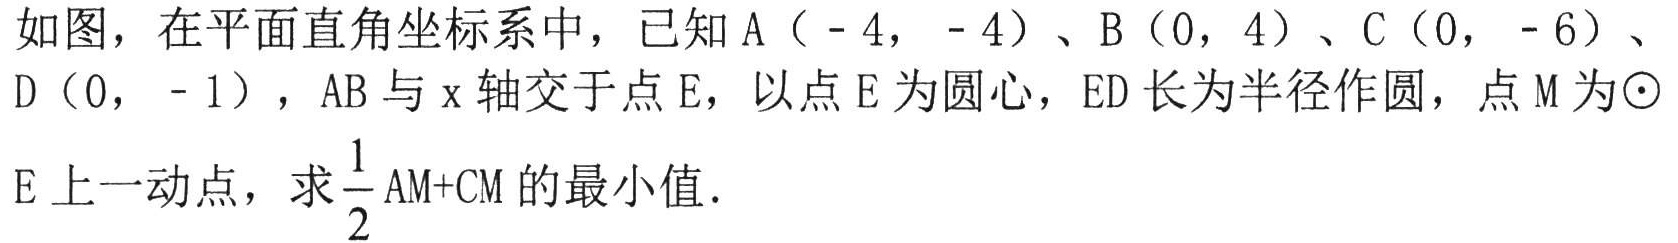
如图，在平面直角坐标系中，已知A（- 4， - 4）、B（0，4）、C（0， - 6）、D（0， - 1），AB与x轴交于点E，以点E为圆心，ED长为半径作圆，点M为⊙E上一动点，求$\frac{1}{2}\text{AM+CM}$的最小值．